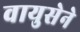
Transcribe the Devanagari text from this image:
वायुसेने